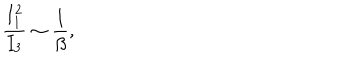
LaTeX: \frac { I _ { 1 } ^ { 2 } } { I _ { 3 } } \sim \frac { 1 } { \beta } ,